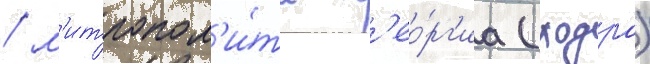
/ м'итропол'и́та г'ео́рг'иа (ходра)